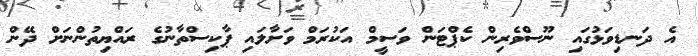
އެ ދަނޑިވަޅުގައި ނޫސްވެރިން ކެޕްޓަން ވަސީމް އަކުރަމް ވަށާލައި ޕާކިސްތާނުގެ ރައްޔިތުންނަށް ދޭން